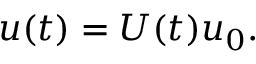
u ( t ) = U ( t ) u _ { 0 } .